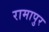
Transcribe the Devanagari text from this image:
रामापुर